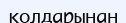
қолдарынан